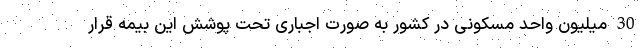
30 میلیون واحد مسکونی در کشور به صورت اجباری تحت پوشش این بیمه قرار